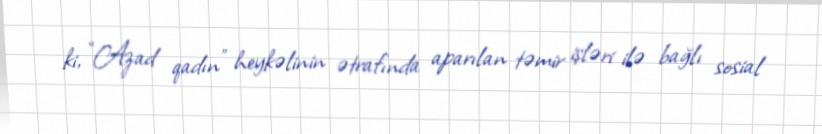
ki, “Azad qadın” heykəlinin ətrafında aparılan təmir işləri ilə bağlı sosial